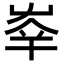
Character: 𡴖